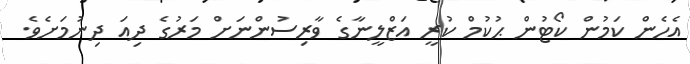
އެހެން ކަމުން ކޯޓުން ޙުކުމް ކުރީ އަޒްލީނާގެ ވާރިސުންނަށް މަރުގެ ދިއަ ދިނުމަށެވެ.